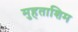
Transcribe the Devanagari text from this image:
मुहताशिम